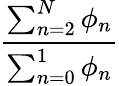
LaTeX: \frac{\sum_{n=2}^{N}\phi_{n}}{\sum_{n=0}^{1}\phi_{n}}